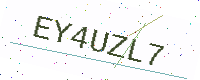
Text: EY4UZL7